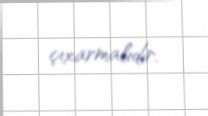
çıxarmalıdır.